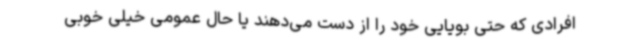
افرادی که حتی بویایی خود را از دست می‌دهند یا حال عمومی خیلی خوبی